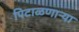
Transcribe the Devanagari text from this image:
पिटाळणाऱ्या